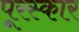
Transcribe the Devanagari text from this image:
पूरस्कार